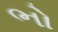
ભો